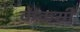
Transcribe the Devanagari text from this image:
केकसी